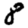
Digit: 8